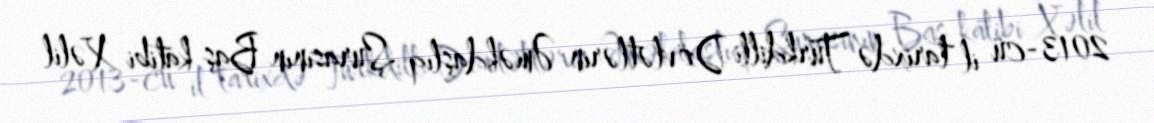
2013-cü il tarixdə Türkdilli Dövlətlərin Əməkdaşlıq Şurasının Baş katibi Xəlil